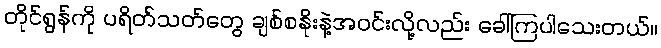
တိုင်ရွန်ကို ပရိတ်သတ်တွေ ချစ်စနိုးနဲ့အဝင်းလို့လည်း ခေါ်ကြပါသေးတယ်။